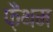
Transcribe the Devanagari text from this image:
फ़ैंथम